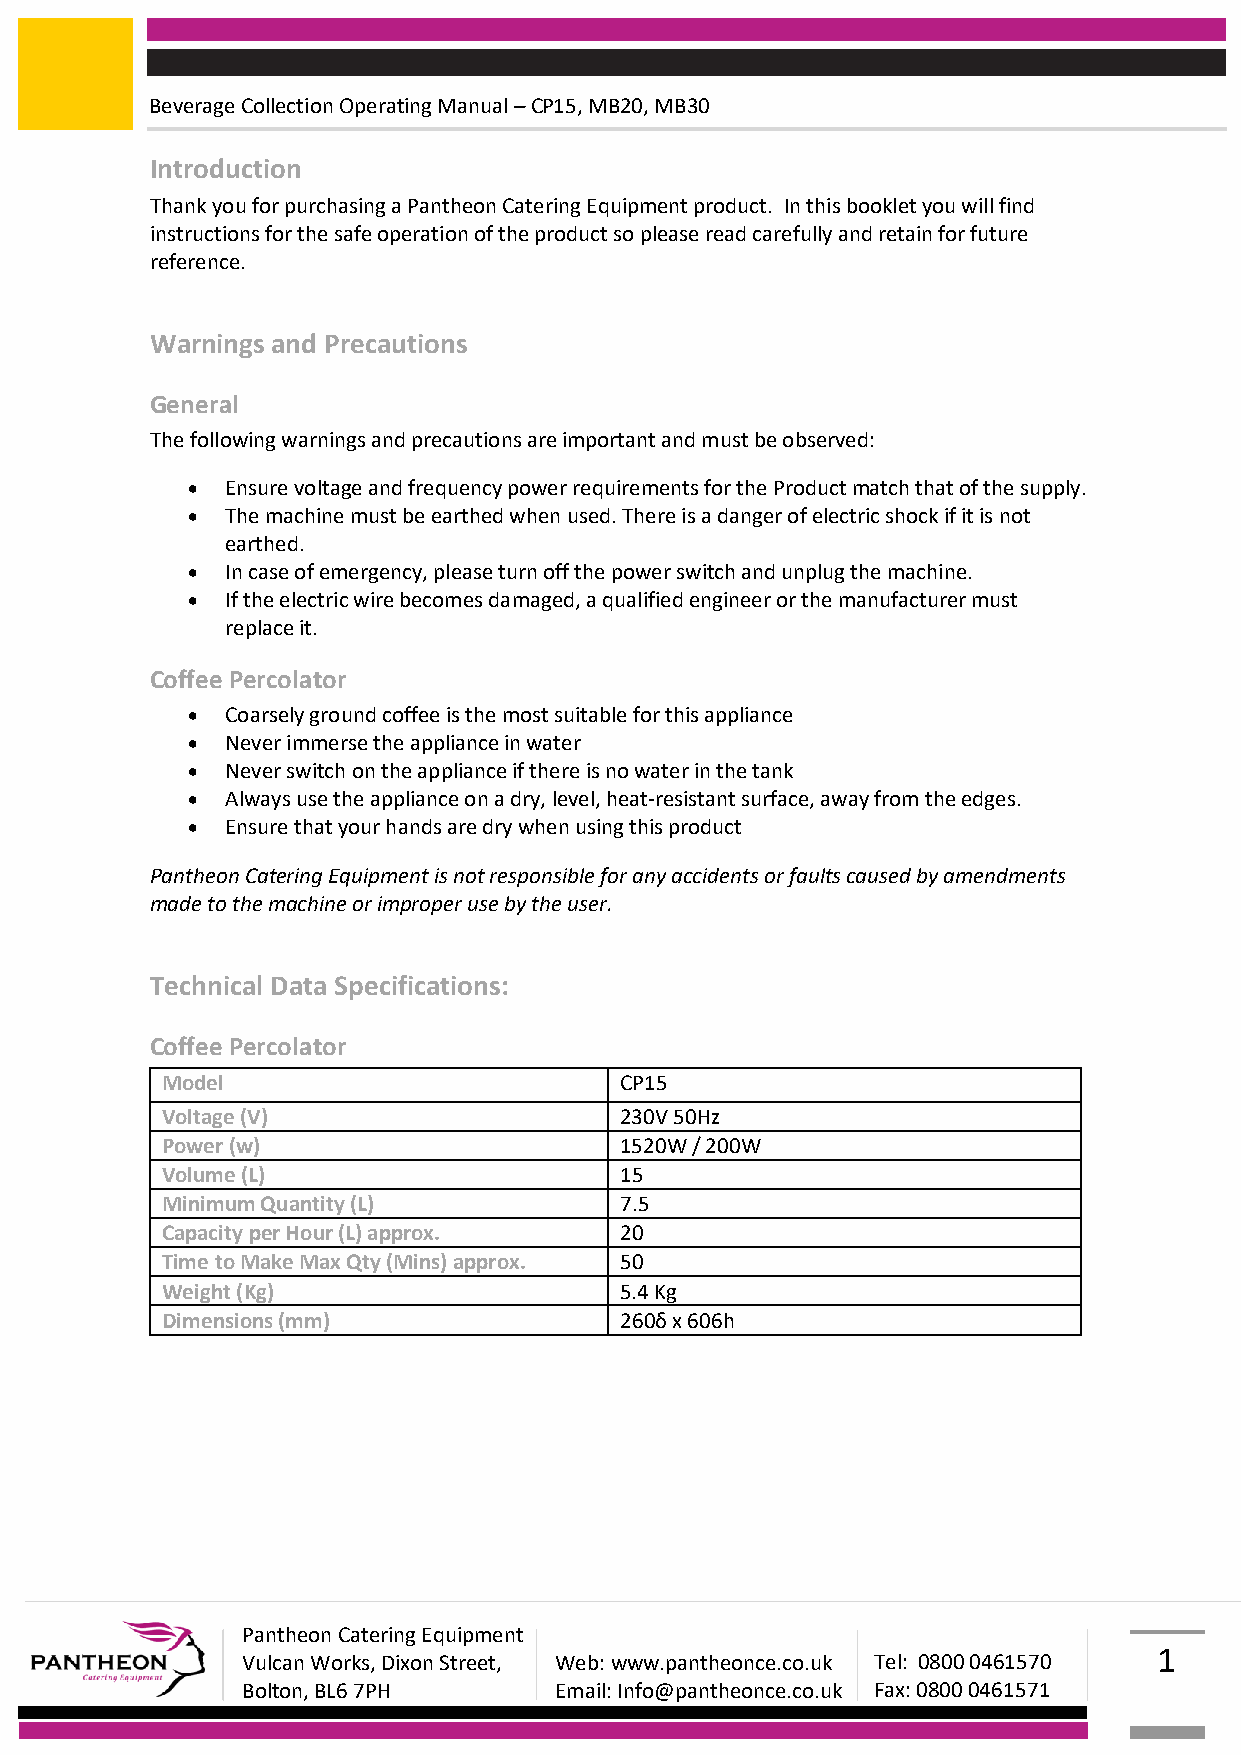
Beverage Collection Operating Manual – CP15, MB20, MB30
 Introduction
 Thank you for purchasing a Pantheon Catering Equipment product. In this booklet you will find
 instructions for the safe operation of the product so please read carefully and retain for future
 reference.
 Warnings and Precautions
 General
 The following warnings and precautions are important and must be observed:
   Ensure voltage and frequency power requirements for the Product match that of the supply.
   The machine must be earthed when used. There is a danger of electric shock if it is not
 earthed.
   In case of emergency, please turn off the power switch and unplug the machine.
   If the electric wire becomes damaged, a qualified engineer or the manufacturer must
 replace it.
 Coffee Percolator
   Coarsely ground coffee is the most suitable for this appliance
   Never immerse the appliance in water
   Never switch on the appliance if there is no water in the tank
   Always use the appliance on a dry, level, heat-resistant surface, away from the edges.
   Ensure that your hands are dry when using this product
 Pantheon Catering Equipment is not responsible for any accidents or faults caused by amendments
 made to the machine or improper use by the user.
 Technical Data Specifications:
 Coffee Percolator
 Model                         CP15
 Voltage (V)                   230V 50Hz
 Power (w)                     1520W / 200W
 Volume (L)                    15
 Minimum Quantity (L)          7.5
 Capacity per Hour (L) approx. 20
 Time to Make Max Qty (Mins) approx. 50
 Weight (Kg)                   5.4 Kg
 Dimensions (mm)               260δ x 606h
 Pantheon Catering Equipment
 1
 Vulcan Works, Dixon Street, Web: www.pantheonce.co.uk Tel: 0800 0461570
 Bolton, BL6 7PH      Email: Info@pantheonce.co.uk Fax: 0800 0461571